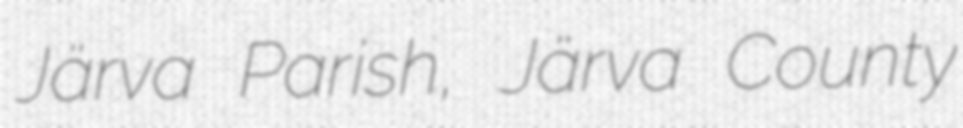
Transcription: Järva Parish, Järva County